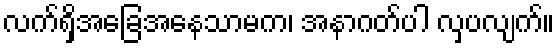
လက်ရှိအခြေအနေသာမက၊ အနာဂတ်ပါ လှပလျက်။